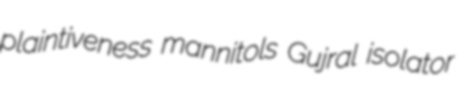
plaintiveness mannitols Gujral isolator